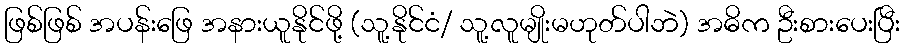
ဖြစ်ဖြစ် အပန်းဖြေ အနားယူနိုင်ဖို့ (သူ့နိုင်ငံ/ သူ့လူမျိုးမဟုတ်ပါဘဲ) အဓိက ဦးစားပေးပြီး